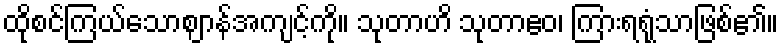
ထိုစင်ကြယ်သောဈာန်အကျင့်ကို။ သုတာဟိ သုတာဧဝ၊ ကြားရရုံသာဖြစ်၏။